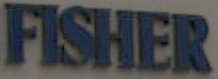
FISHER